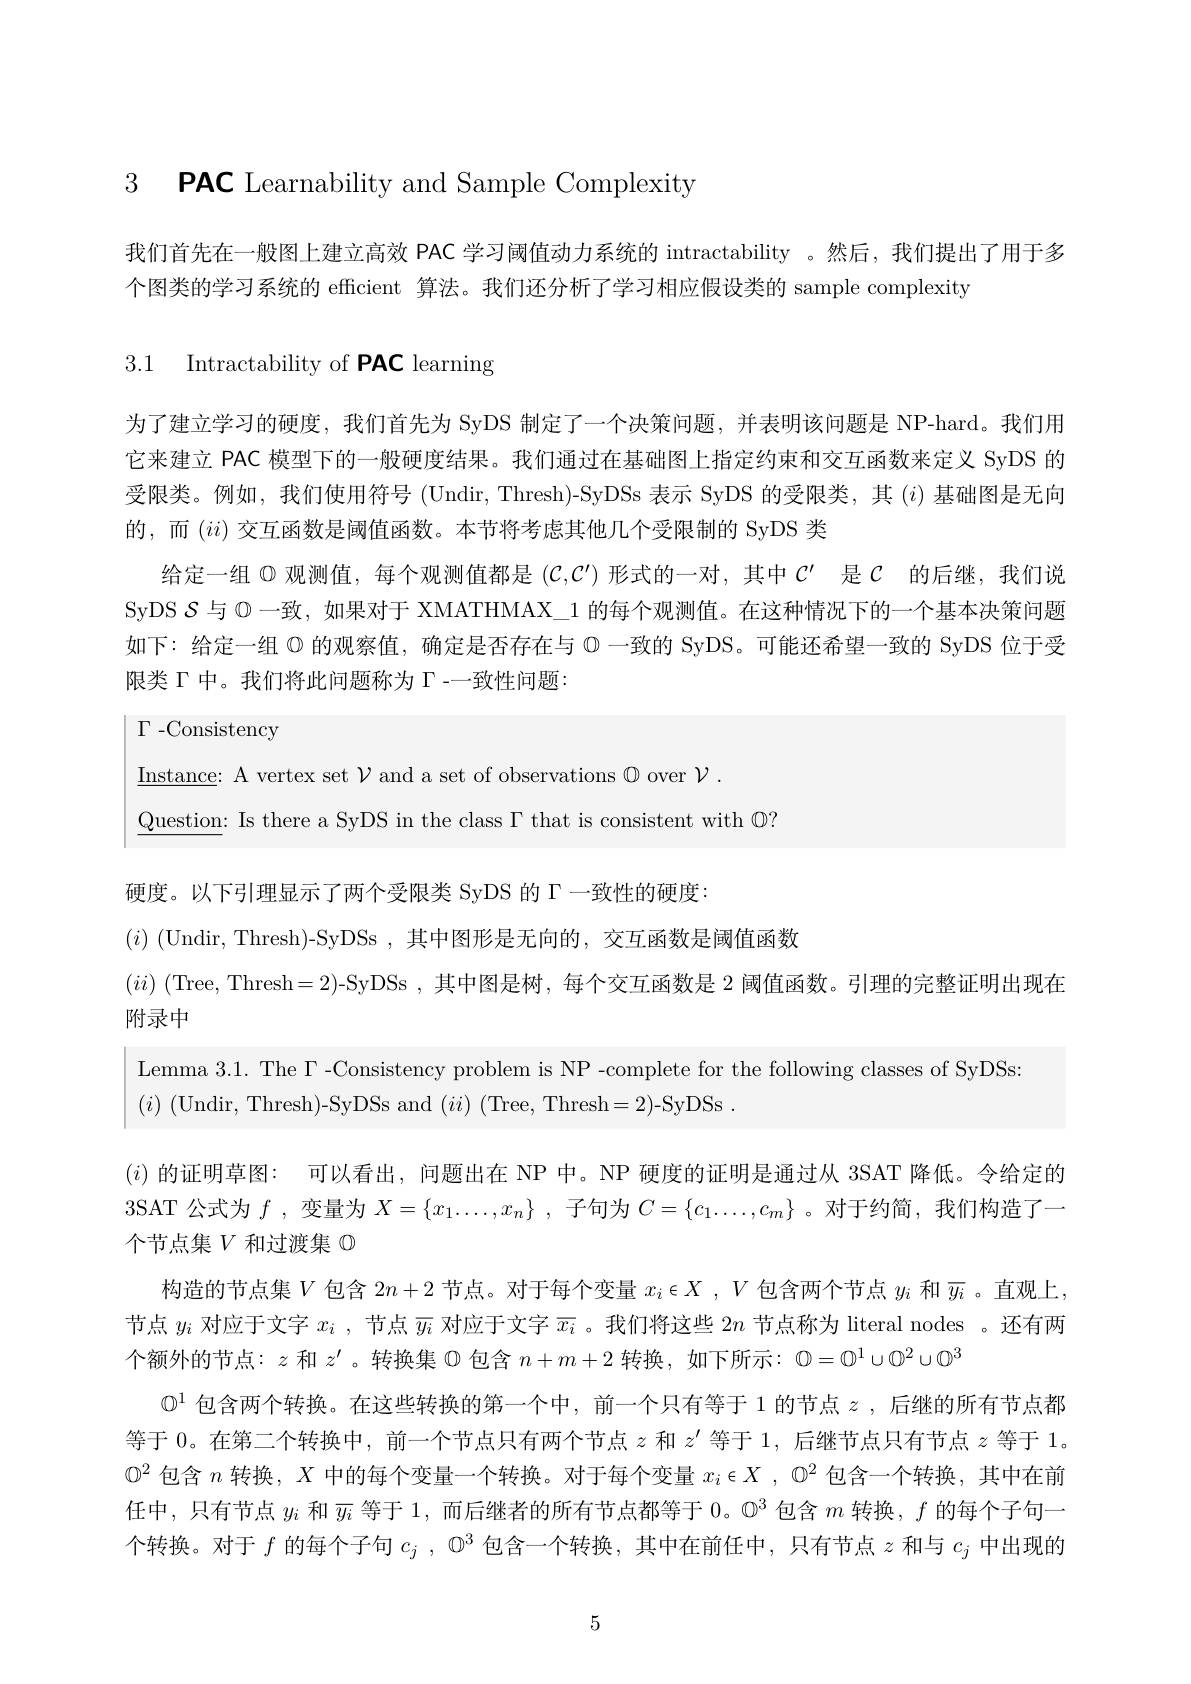
3 $\textbf{PAC Learnability and Sample Complexity}$

我们首先在一般图上建立高效 PAC 学习阈值动力系统的 intractability 。然后，我们提出了用于多
个图类的学习系统的 efficient 算法。我们还分析了学习相应假设类的 sample complexity

3.1 Intractability of PAC learning

为了建立学习的硬度，我们首先为 SyDS 制定了一个决策问题，并表明该问题是 NP-hard。我们用它来建立 PAC 模型下的一般硬度结果。我们通过在基础图上指定约束和交互函数来定义 SyDS 的受限类。例如，我们使用符号 (Undir, Thresh)-SyDSs 表示 SyDS 的受限类，其$(i)$基础图是无向的，而$(ii)$交互函数是阈值函数。本节将考虑其他几个受限制的 SyDS 类
给定一组$\varnothing$观测值，每个观测值都是$(\mathcal{C},\mathcal{C}^{\prime})$形式的一对，其中$\mathcal{C}^{\prime}$是$\mathcal{C}$的后继，我们说SyDS$\mathcal{S}$与$\mathbb{O}$一致，如果对于 XMATHMAX\_1 的每个观测值。在这种情况下的一个基本决策问题如下：给定一组$\textcircled{\mathrm{D}}$的观察值，确定是否存在与$\textcircled{\mathrm{D}}$一致的 SyDS。可能还希望一致的 SyDS 位于受限类$\Gamma$中。我们将此问题称为$\Gamma$ -一致性问题：

$\Gamma$-Consistency

$\underline {\mathrm{Instance: ~A~vertex~set~}}\mathcal{V}$and a set of observations $\mathbb{Q}$ over $\mathcal{V}.$

$\underline {\text{Question: Is there a SyDS in the class }\Gamma \text{ that is consistent with }}\mathbb{O} ?$

硬度。以下引理显示了两个受限类 SyDS 的$\Gamma$一致性的硬度：
$(i)~($Undir,Thresh)-SyDSs,其中图形是无向的，交互函数是阈值函数
$(ii)$ (Tree, Thresh=2)-SyDSs ,其中图是树，每个交互函数是 2 阈值函数。引理的完整证明出现在
附录中
Lemma 3.1. The $\Gamma$-Consistency problem is NP-complete for the following classes of SyDSs
$( i) \allowbreak ( {\mathrm{mod}} $r, Thresh) - SyDSs and $) ( ii) \allowbreak ( {\mathrm{mod}} $Tree, Thresh=2)-SyDSs
$(i)$的证明草图：可以看出，问题出在 NP 中。NP 硬度的证明是通过从 3SAT 降低。令给定的3SAT 公式为$f$ ,变量为$X=\{x_1\ldots\ldots,x_n\}$ ,子句为$C=\{c_1\ldots,c_m\}$ 。对于约简，我们构造了一个节点集$V$和过渡集$\oplus$
构造的节点集$V$包含$2n+2$节点。对于每个变量$x_i\in X,V$包含两个节点$y_i$和$\overline y_i$ 。直观上， 节点$y_i$对应于文字$x_i$ , 节点$\overline{y_i}$对应于文字$\overline{x_i}$ 。我们将这些$2n$节点称为 literal nodes 。还有两个额外的节点：$z$和$z^\prime$ 。转换集$\mathbb{O}$包含$n+m+2$转换，如下所示：$\emptyset=\mathbb{O}^1\cup\mathbb{O}^2\cup\mathbb{O}^3$
$\mathbb{O}^1$包含两个转换。在这些转换的第一个中，前一个只有等于 1 的节点$z$ ,后继的所有节点都等于 0。在第二个转换中，前一个节点只有两个节点$z$和$z^\prime$等于 1, 后继节点只有节点$z$等于 1。$\mathbb{O}^2$包含$n$转换，$X$中的每个变量一个转换。对于每个变量$x_i\in X$ , $\mathbb{O}^2$包含一个转换，其中在前任中，只有节点$y_i$和$\overline{y}_{i}$等于 1,而后继者的所有节点都等于 0。$\mathbb{O}^3$包含$m$转换，$f$的每个子句一个转换。对于$f$的每个子句$c_j$ , $\mathbb{O}^3$包含一个转换，其中在前任中，只有节点$z$和与$c_j$中出现的

5